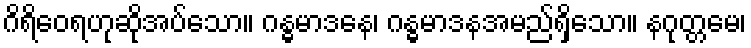
ဂိရိဝေရဟုဆိုအပ်သော။ ဂန္ဓမာဒနေ၊ ဂန္ဓမာဒနအမည်ရှိသော။ နဂုတ္တမေ၊